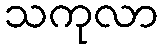
သကုလာ